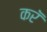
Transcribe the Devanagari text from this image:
करॅ